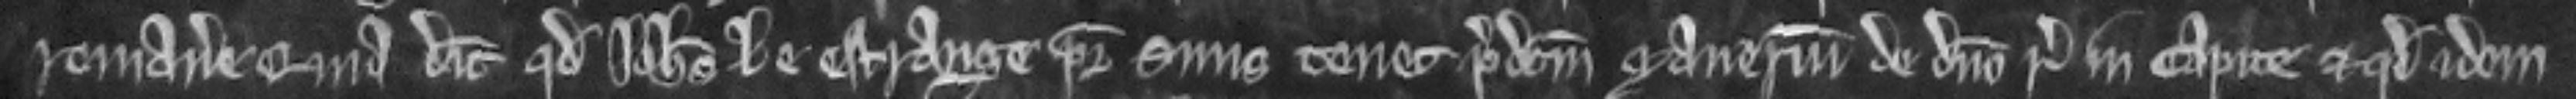
remanere quia dicit quod Johannes le Estrange pater suus tenet predictum manerium de domino rege in capite et quod idem